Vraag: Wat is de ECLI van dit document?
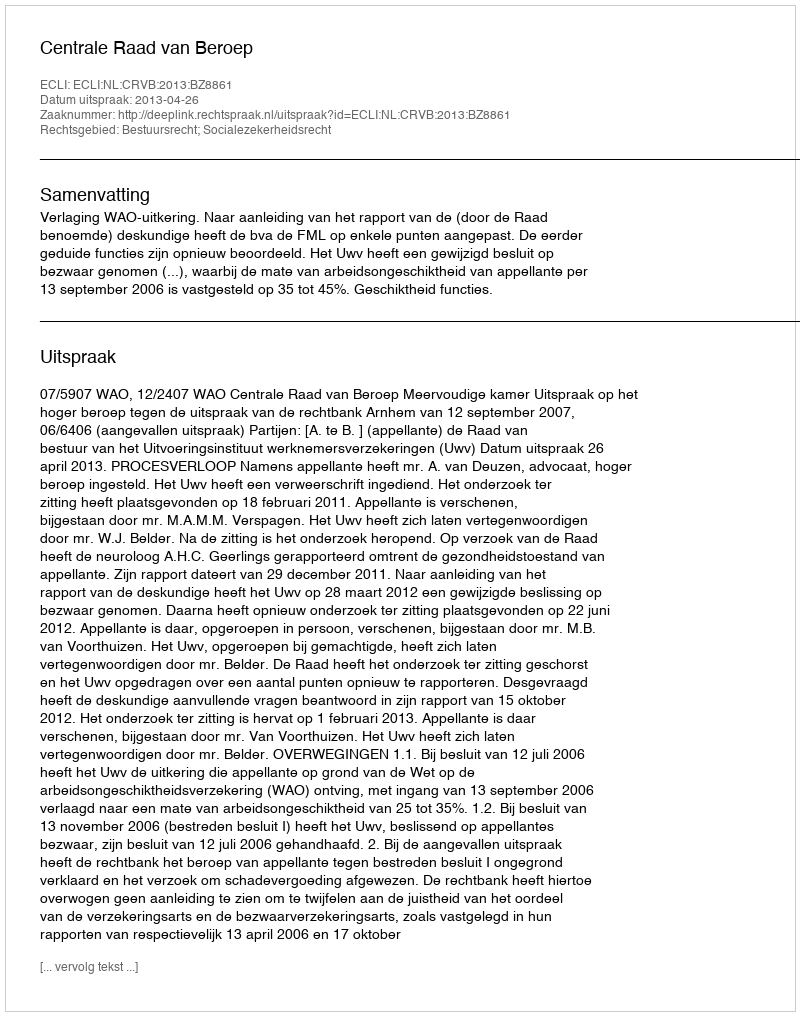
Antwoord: ECLI:NL:CRVB:2013:BZ8861